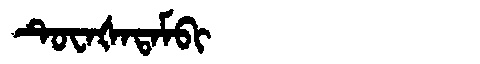
Manchu: ᡨᡠᠸᠠᡧᠠᡨᠠᠮᠪᡳ
Romanization: TUWAŠATAMBI